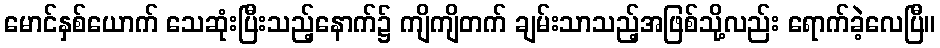
မောင်နှစ်ယောက် သေဆုံးပြီးသည့်နောက်၌ ကျိကျိတက် ချမ်းသာသည့်အဖြစ်သို့လည်း ရောက်ခဲ့လေပြီ။